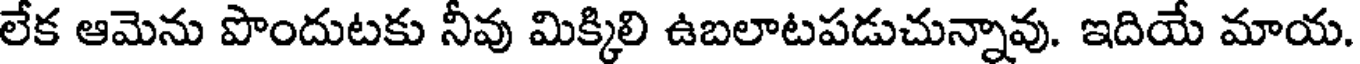
లేక ఆమెను పొందుటకు నీవు మిక్కిలి ఉబలాటపడుచున్నావు. ఇదియే మాయ.